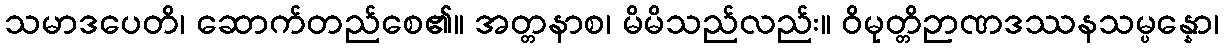
သမာဒပေတိ၊ ဆောက်တည်စေ၏။ အတ္တနာစ၊ မိမိသည်လည်း။ ဝိမုတ္တိဉာဏဒဿနသမ္ပန္နော၊